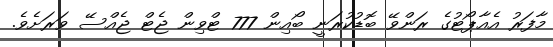
މާފަރު އެއާޕޯޓުގެ ރަންވޭ ބޮޑުކުރަނީ ބޯއިން 777 ޓްވިން ޖެޓް ޖެއްސޭ ވަރަށެވެ.